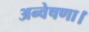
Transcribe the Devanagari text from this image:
अन्वेषणा।